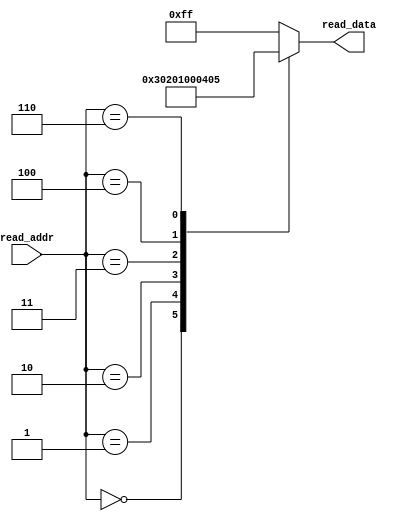
module ROM 
#(
    parameter ADDR_WIDTH = 12,
              DATA_WIDTH = 8
)
(
    input wire [ADDR_WIDTH-1:0] read_addr,
    output reg [DATA_WIDTH-1:0] read_data
);

always @(*) 
begin
    case(read_addr)
        12'h000: read_data = 'b0000_0011;
        12'h001: read_data = 'b0000_0010;
        12'h002: read_data = 'b0000_0001;
        12'h003: read_data = 'b0000_0000;
        12'h004: read_data = 'd4;
        12'h006: read_data = 'd5;
        default: read_data = 'd255;   
    endcase 
end


endmodule